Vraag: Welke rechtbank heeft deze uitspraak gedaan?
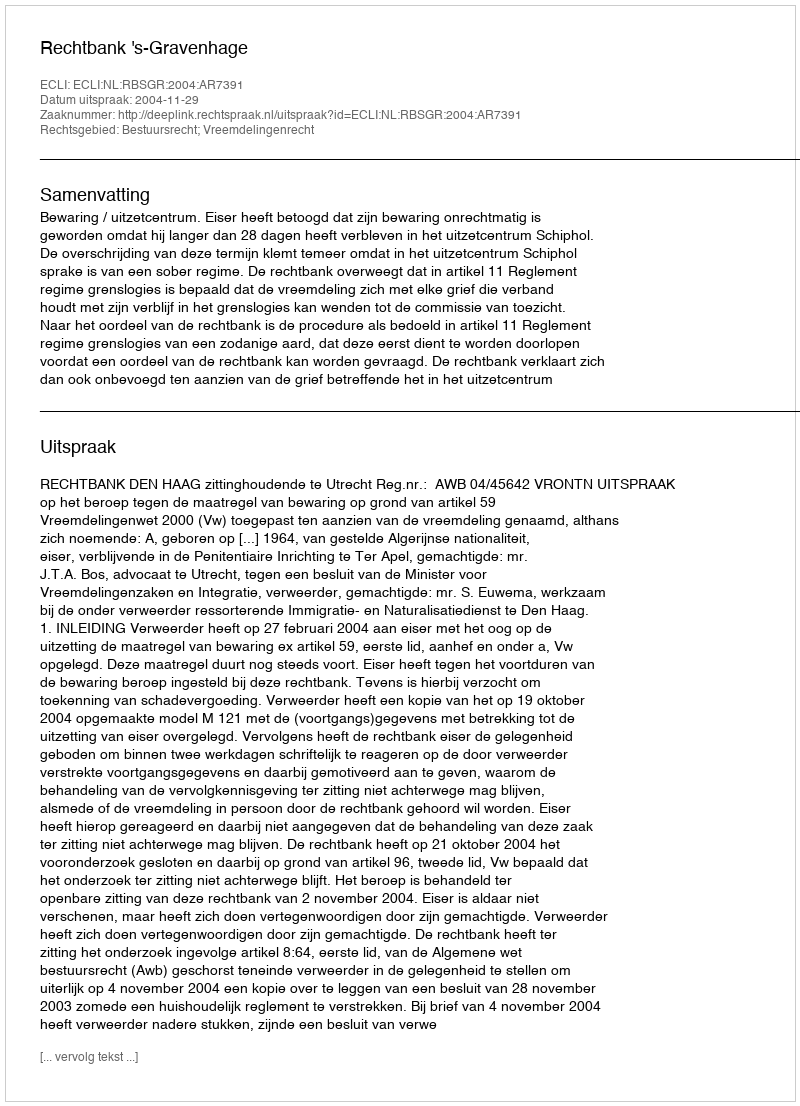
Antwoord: Rechtbank 's-Gravenhage